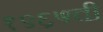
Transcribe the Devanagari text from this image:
१९६५ची